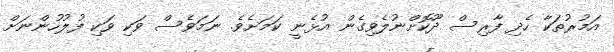
އަމުރުތަކާ ހެދި ފާރިސް ދޫކޮށްނުލެވިގެން އުޅެނީ ކަމަށެވެ. ނަމަވެސް ވަކި ވަކި ފުލުހުންނަށް